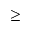
\geq